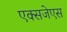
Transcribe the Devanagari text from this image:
एक्सजेएस